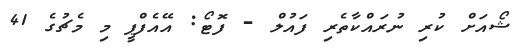
ޝޯއަށް ކުރި ނުރައްކާތެރި ފައުލް - ފޮޓޯ: އޭއެފްޕީ މި މެޗުގެ 41